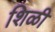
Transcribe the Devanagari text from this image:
शिळी